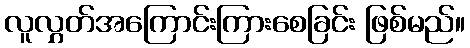
လူလွှတ်အကြောင်းကြားစေခြင်း ဖြစ်မည်။